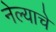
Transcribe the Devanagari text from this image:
नेल्याचे